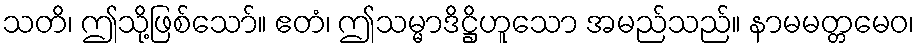
သတိ၊ ဤသို့ဖြစ်သော်။ ဧတံ၊ ဤသမ္မာဒိဋ္ဌိဟူသော အမည်သည်။ နာမမတ္တမေဝ၊